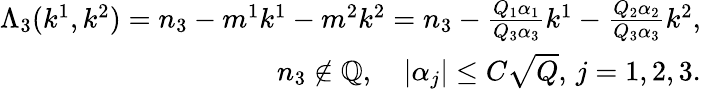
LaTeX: \begin{array}{r}{\Lambda_{3}(k^{1},k^{2})=n_{3}-m^{1}k^{1}-m^{2}k^{2}=n_{3}-\frac{Q_{1}\alpha_{1}}{Q_{3}\alpha_{3}}k^{1}-\frac{Q_{2}\alpha_{2}}{Q_{3}\alpha_{3}}k^{2},}\\ {n_{3}\notin\mathbb{Q},\quad|\alpha_{j}|\leq C\sqrt{Q},\, j=1,2,3.}\end{array}